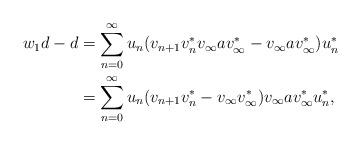
LaTeX: \begin{align*}w_1d-d &=\sum_{n=0}^\infty u_n (v_{n+1}v_n^*v_\infty a v_\infty^*-v_\infty av_\infty^*)u_n^* \\&=\sum_{n=0}^\infty u_n(v_{n+1}v_n^*-v_\infty v_\infty^*)v_\infty av_\infty^*u_n^*,\end{align*}